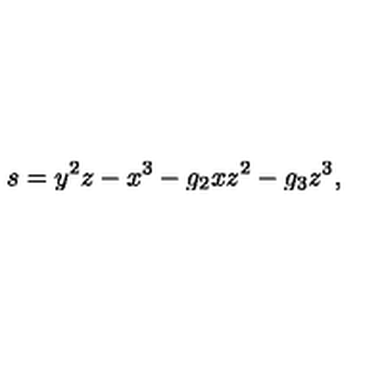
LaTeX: s = y ^ { 2 } z - x ^ { 3 } - g _ { 2 } x z ^ { 2 } - g _ { 3 } z ^ { 3 } ,